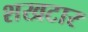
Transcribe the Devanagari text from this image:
शखटार